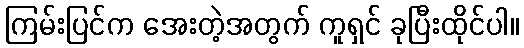
ကြမ်းပြင်က အေးတဲ့အတွက် ကူရှင် ခုပြီးထိုင်ပါ။